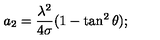
a _ { 2 } = { \frac { \lambda ^ { 2 } } { 4 \sigma } } ( 1 - \tan ^ { 2 } \theta ) ;